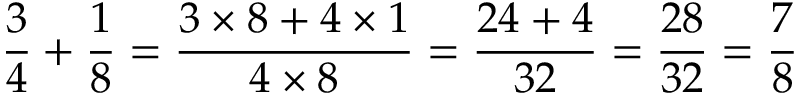
{ \frac { 3 } { 4 } } + { \frac { 1 } { 8 } } = { \frac { 3 \times 8 + 4 \times 1 } { 4 \times 8 } } = { \frac { 2 4 + 4 } { 3 2 } } = { \frac { 2 8 } { 3 2 } } = { \frac { 7 } { 8 } }